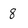
Character: 8